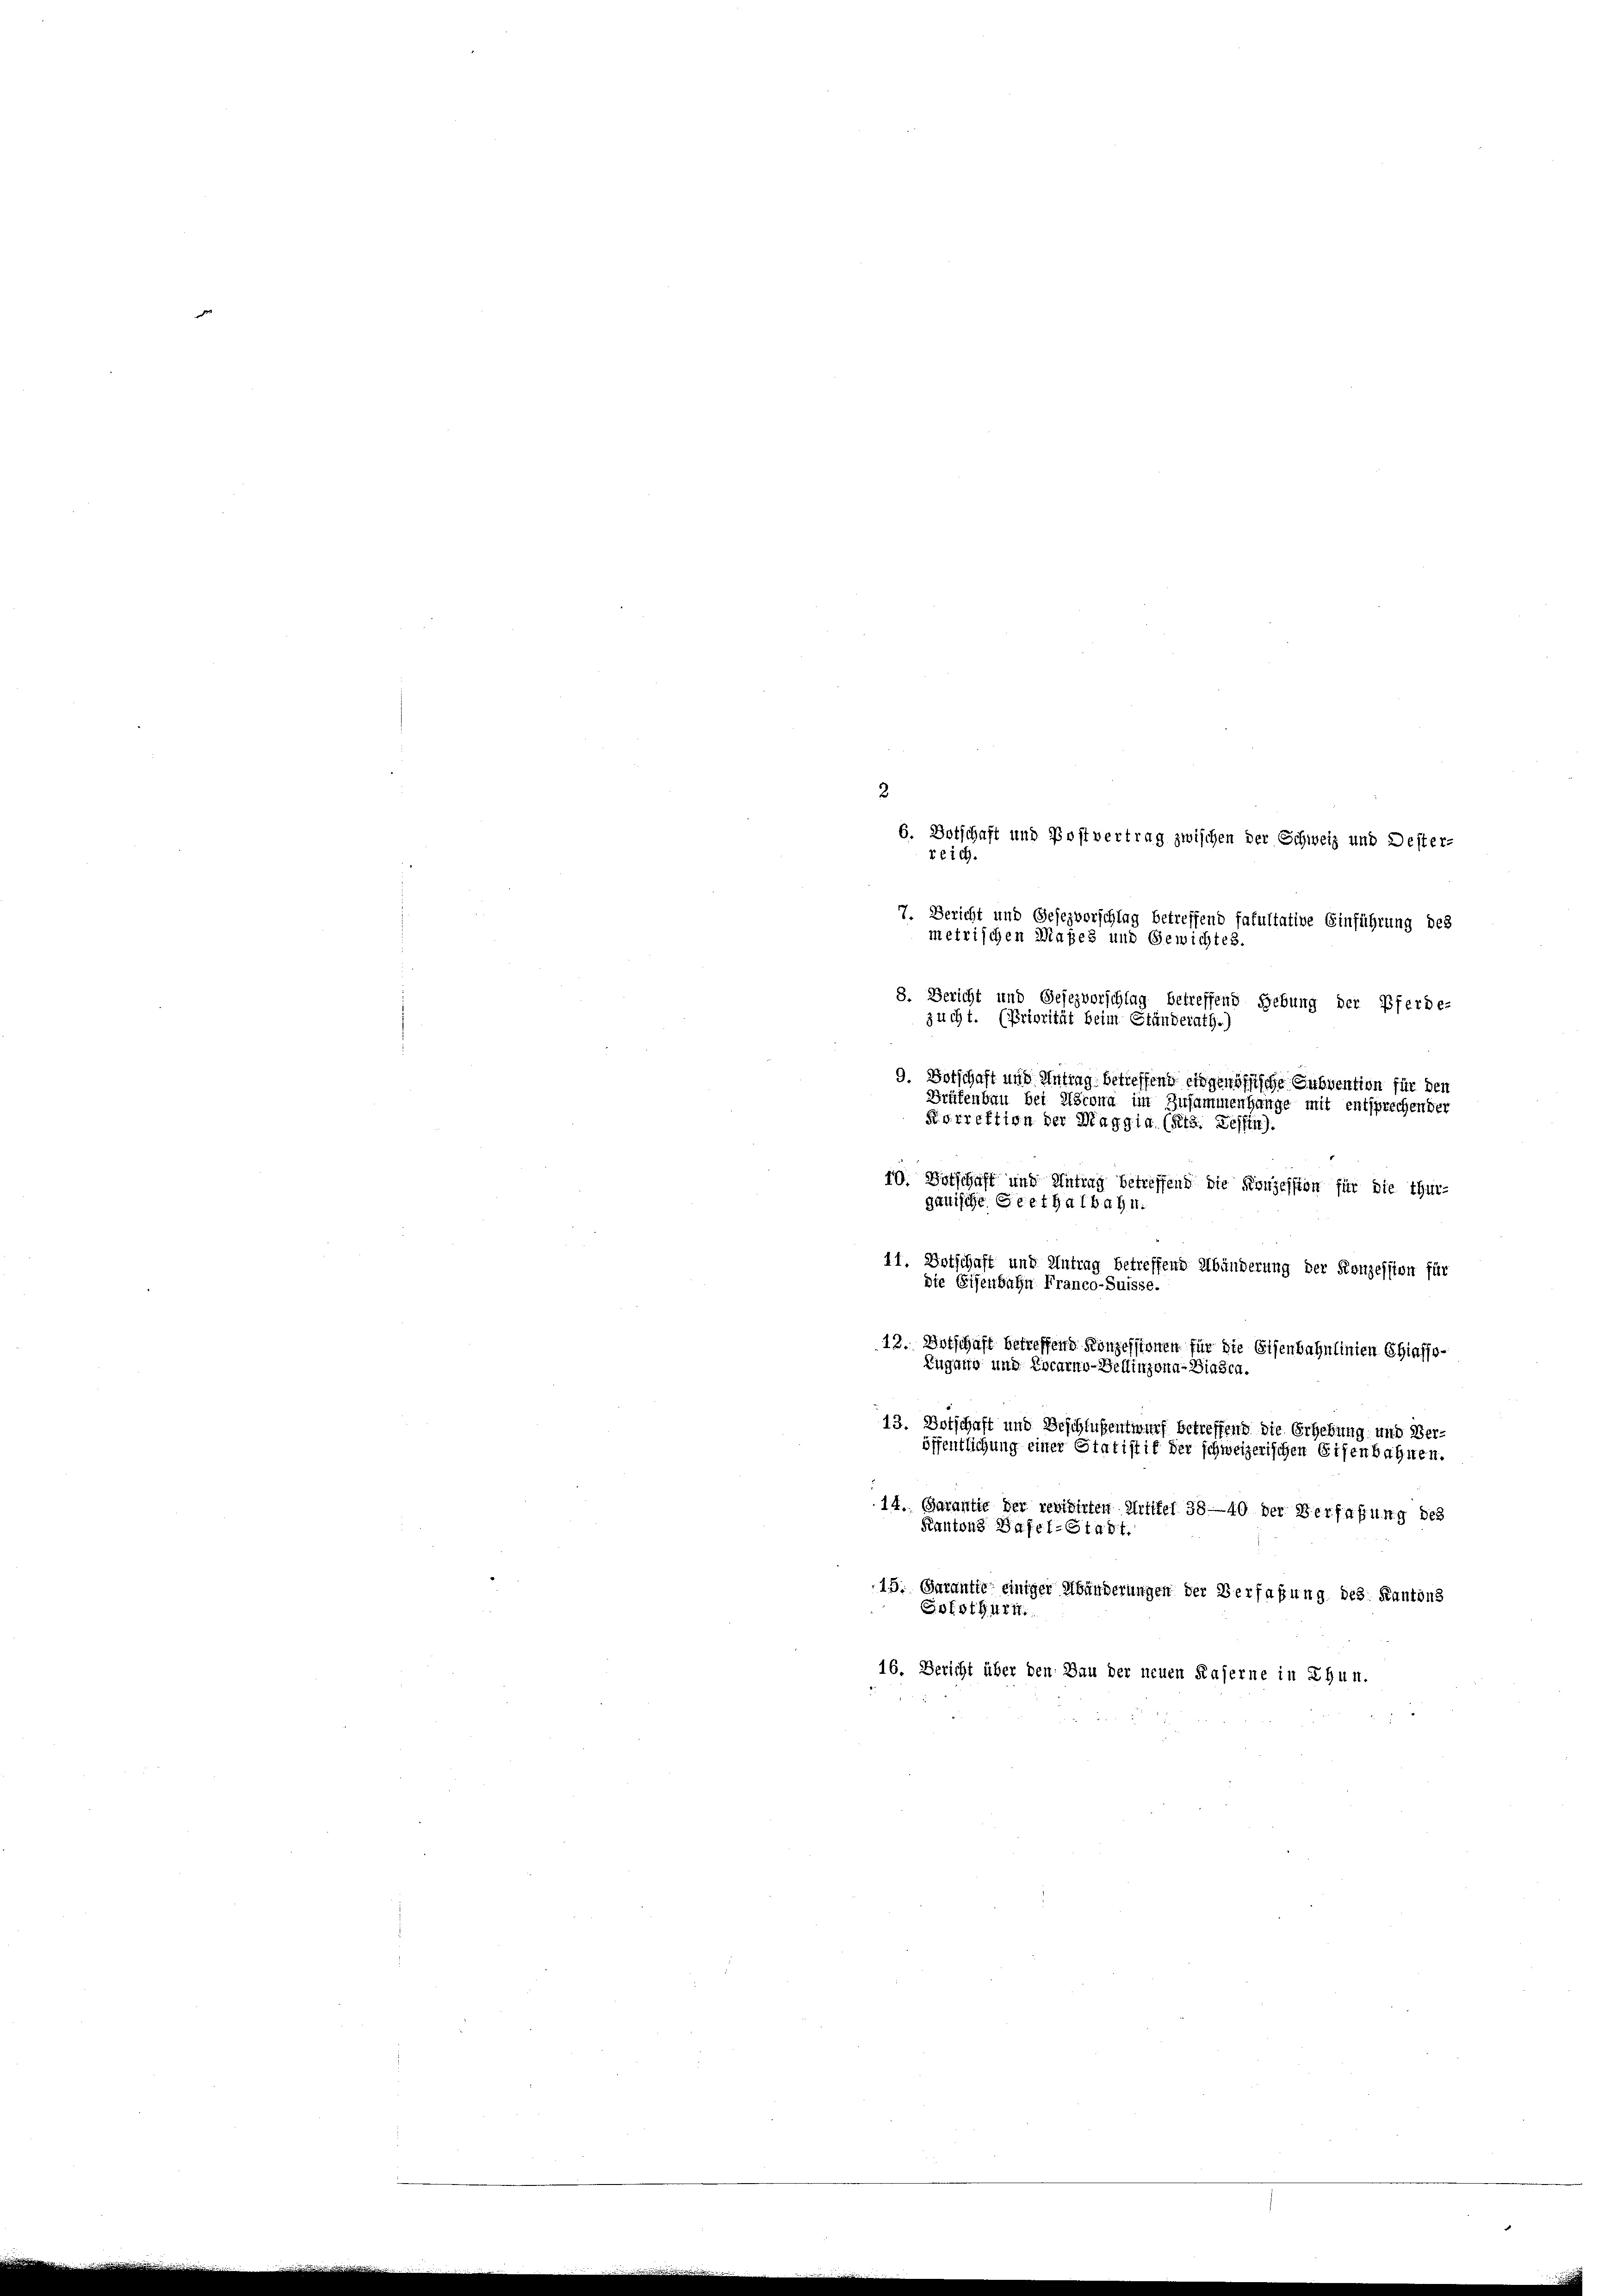
9. Botschaft und Antrag betreffend eidgenössische Subvention für den
Brüfenbau bei Albronn im Zusammenhange mit entsprechender
Korrektion der Maggia (Rta. Tessin).
10. Botschaft und Antrag betreffend die Konzession für die Thur-
ganische Geethalbahn.
11. Botschaft und Antrag betreffend Abänderung der Konzession für
Die E
Bah
Franco-Suisse.
13. Ortschaft betreffend Konzessionen für die Eisenbahnlinien Chiasso¬
Zugano und Locarno-Bellinzona. Diesen.
13. Botschaft und Beschlußentwurf betreffend die Erhebung und Veröffentlichung einer Statistif der schweizerischen Eisenbahnen.
14. Garantie der revidirten Artikel 38—40 der Verfaßung des
Kantons Basel-Stadt
15. Garantte einiger Abänderungen der Verfaßung des Kantons
16. Bericht über den Bau der neuen Kaserne in Thun.

6. Botschaft und Postvertrag zwischen der Schweiz und Dester-
reich.
7. Bericht und Gesezvorschlag betreffend fakultative Einführung des
metrischen Maßes und Gewichtes.
8. Bericht und Gesezvorschlag betreffend Gebung der Pferde-
zucht. (Priorität beim Ständerath.)

2